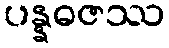
ပန္နဓဇဿ